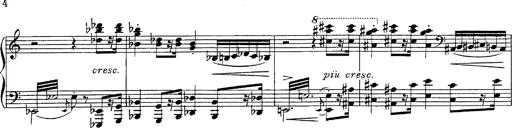
Title: Fantasie Ã¼ber Themen aus Mozarts Figaro und Don Giovanni
Composer: Franz Liszt